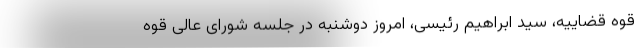
قوه قضاییه، سید ابراهیم رئیسی، امروز دوشنبه در جلسه شورای عالی قوه